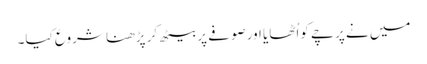
میں نے پرچے کواُٹھایا اورصوفے پربیٹھ کر پڑھنا شروع کیا۔